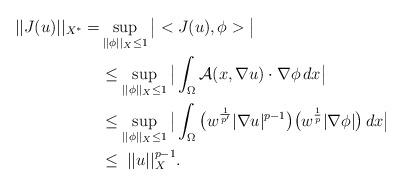
LaTeX: \begin{align*}||J(u)||_{X^*} =&\sup_{||\phi||_X\leq 1}\big|<J(u),\phi>\big|\\&\leq\sup_{||\phi||_{X}\leq 1}\big|\int_{\Omega} \mathcal{A}(x,\nabla u)\cdot\nabla\phi\,dx\big|\\&\leq\sup_{||\phi||_X\leq 1}\big|\int_{\Omega}\big(w^\frac{1}{p'}|\nabla u|^{p-1}\big)\big(w^\frac{1}{p}|\nabla\phi|\big)\,dx\big|\\&\leq\;||u||_{X}^{p-1}.\end{align*}